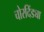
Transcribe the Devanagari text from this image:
चोरदिंड्या